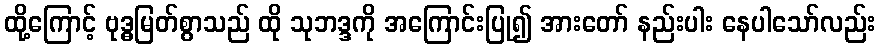
ထို့ကြောင့် ဗုဒ္ဓမြတ်စွာသည် ထို သုဘဒ္ဒကို အကြောင်းပြု၍ အားတော် နည်းပါး နေပါသော်လည်း